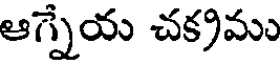
ఆగ్నేయ చక్రము